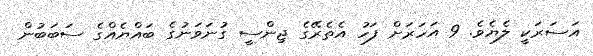
އަސަރަކީ ލެޔެވެ. 9 އަހަރަށް ފަހު އެތެރޭގެ ޖިންސީ ގުނަވަނުގެ ބައްޔެއްގެ ސަބަބުން